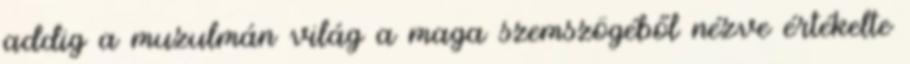
addig a muzulmán világ a maga szemszögéből nézve értékelte